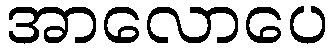
အာလောပေ